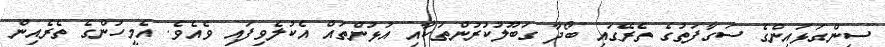
ސިންގަޅައިންގެ ސަގާފަތުގެ ތެރޭގައި ބޯދާ ގަބޫލުކުރުންތަކާއި އުޅުންތައް އެކުލެވިފައި ވެއެވެ. އެމީހުންގެ ތެރެއިން